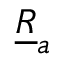
\underline { { R } } _ { a }